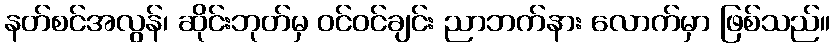
နတ်စင်အလွန်၊ ဆိုင်းဘုတ်မှ ဝင်ဝင်ချင်း ညာဘက်နား လောက်မှာ ဖြစ်သည်။